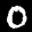
Label: 0